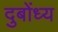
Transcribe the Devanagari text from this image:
दुबोंध्य